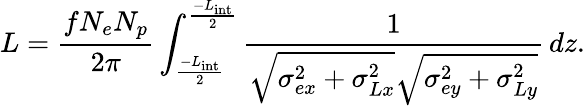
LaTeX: L=\frac{fN_{e}N_{p}}{2\pi}\int_{\frac{-L_{\mathrm{int}}}{2}}^{\frac{-L_{\mathrm{int}}}{2}}\frac{1}{\sqrt{\sigma_{ex}^{2}+\sigma_{Lx}^{2}}\sqrt{\sigma_{ey}^{2}+\sigma_{Ly}^{2}}}\, dz.